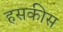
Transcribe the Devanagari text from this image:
हसकीस